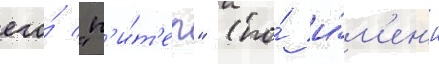
его́ "п'и́т'ер" (по́ и́м'ен'и